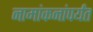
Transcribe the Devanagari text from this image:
नामांकनांपर्यंत